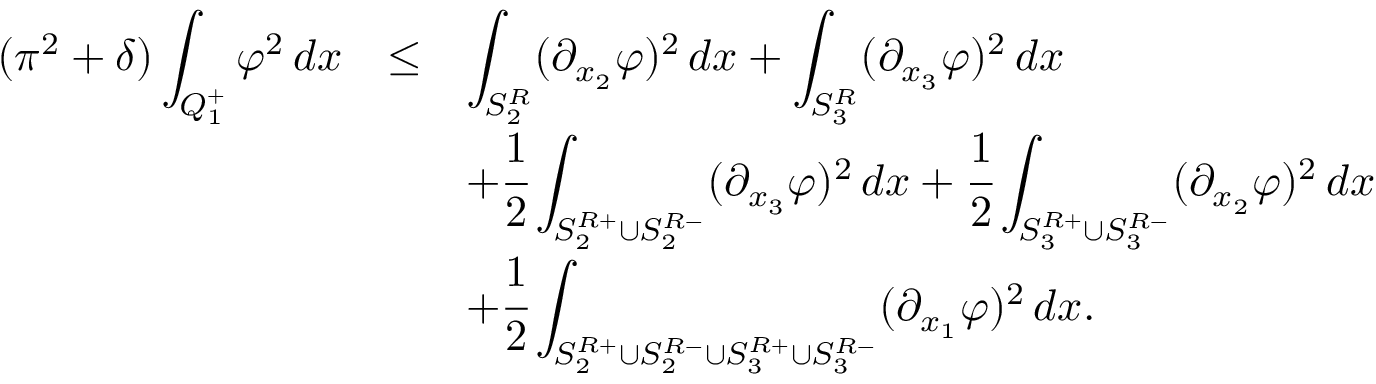
\begin{array} { r c l } { ( \pi ^ { 2 } + \delta ) \displaystyle \int _ { Q _ { 1 } ^ { + } } \varphi ^ { 2 } \, d x } & { \le } & { \displaystyle \int _ { S _ { 2 } ^ { R } } ( \partial _ { x _ { 2 } } \varphi ) ^ { 2 } \, d x + \displaystyle \int _ { S _ { 3 } ^ { R } } ( \partial _ { x _ { 3 } } \varphi ) ^ { 2 } \, d x } \\ & & { + \displaystyle \cfrac { 1 } { 2 } \int _ { S _ { 2 } ^ { R + } \cup S _ { 2 } ^ { R - } } ( \partial _ { x _ { 3 } } \varphi ) ^ { 2 } \, d x + \cfrac { 1 } { 2 } \int _ { S _ { 3 } ^ { R + } \cup S _ { 3 } ^ { R - } } ( \partial _ { x _ { 2 } } \varphi ) ^ { 2 } \, d x } \\ & & { + \displaystyle \cfrac { 1 } { 2 } \int _ { S _ { 2 } ^ { R + } \cup S _ { 2 } ^ { R - } \cup S _ { 3 } ^ { R + } \cup S _ { 3 } ^ { R - } } ( \partial _ { x _ { 1 } } \varphi ) ^ { 2 } \, d x . } \end{array}